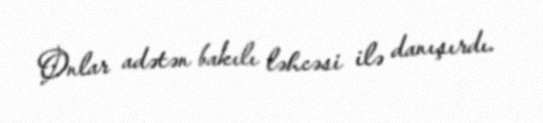
Onlar adətən bakılı ləhcəsi ilə danışırdı.